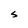
Character: S